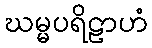
ဃမ္မပရိဠာဟံ